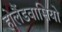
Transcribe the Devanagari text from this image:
होलैंडवासियो